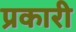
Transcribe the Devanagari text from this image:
प्रकारी